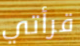
قرأتي